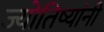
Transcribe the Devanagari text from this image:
ज्योतिष्यांनी